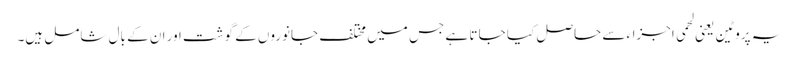
یہ پروٹین یعنی لحمی اجزاءسے حاصل کیا جا تا ہے جس میں مختلف جانوروں کے گوشت اور ان کے بال شامل ہیں۔